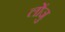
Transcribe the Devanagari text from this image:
लोंजु